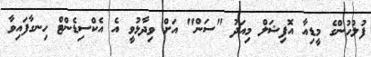
ފުލުހުންގެ މީޑިއާ އޮފިޝަލް މިއަދު "ސަން" އަށް ވިދާޅުވީ އެ އެކްސިޑެންޓް ހިނގާފައިވާ